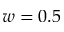
w = 0 . 5